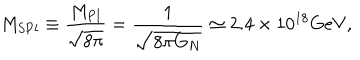
LaTeX: M _ { \mathrm { S P l } } \equiv \frac { M _ { \mathrm { P l } } } { \sqrt { 8 \pi } } = \frac { 1 } { \sqrt { 8 \pi G _ { N } } } \simeq 2 . 4 \times 1 0 ^ { 1 8 } \mathrm { G e V } ,